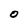
Character: O